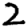
Digit: 2